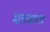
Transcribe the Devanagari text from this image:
मङ्कण